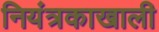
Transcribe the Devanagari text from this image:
नियंत्रकाखाली